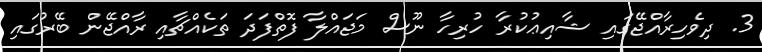
3. ދިވެހިރާއްޖޭގައި ޝާއިޢުކުރާ ހުރިހާ ނޫސް މަޖައްލާ ފޮތްފަދަ ތަކެއްޗާއި ރާއްޖޭން ބޭރުގައި